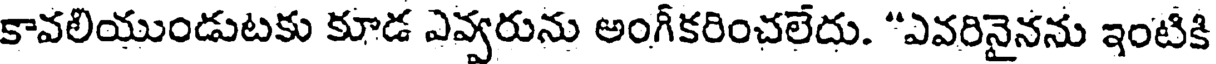
కావలియుండుటకు కూడ ఎవ్వరును అంగీకరించలేదు. "ఎవరినైనను ఇంటికి